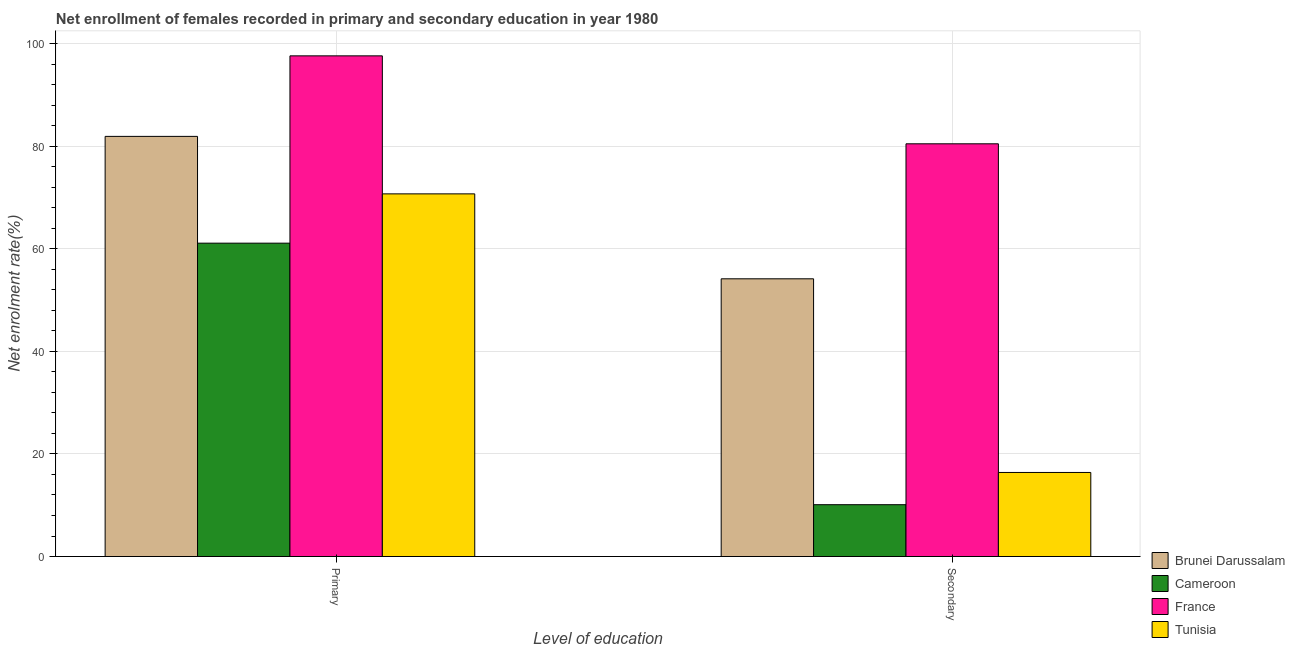
| Level of education | Brunei Darussalam | Cameroon | France | Tunisia |
 | --- | --- | --- | --- | --- |
 | Primary | 81.9 | 61.1 | 97.6 | 70.7 |
 | Secondary | 54.2 | 10.1 | 80.5 | 16.4 |